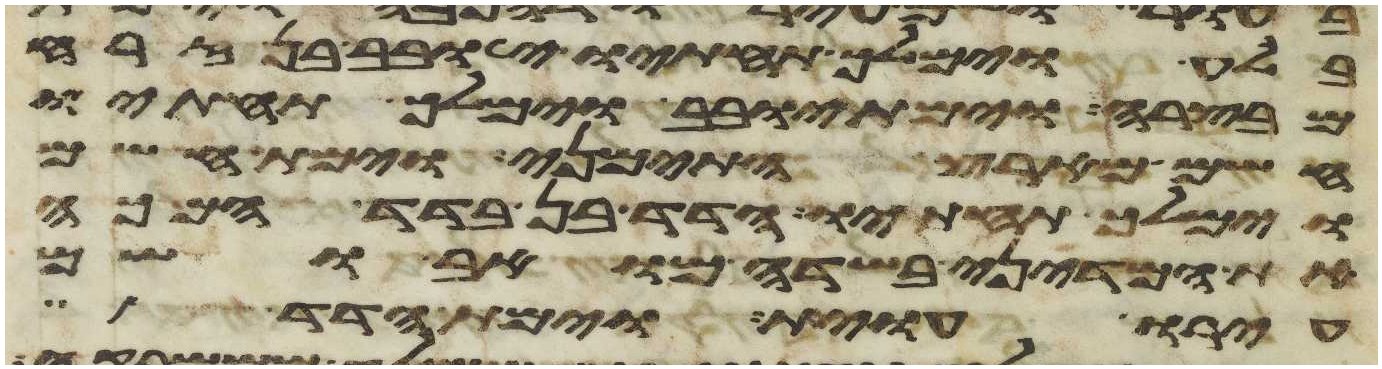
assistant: בלע וימלך תחתיו יובב בן זרח
מבצרה וימת יובב וימלך תחתיו
חשם מארץ התימני וימת חשם
וימלך תחתיו הדד בן בדד המכה
את המדיני בשדה מואב ושם
עירו עוית וימת הדד